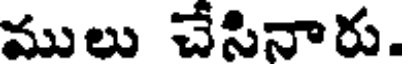
ములు చేసినారు.